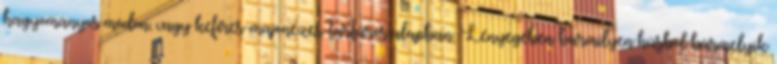
hagyományos módon, vagy kefires-majonézes-tartáros alapban. Lényegében bármilyen húsból bármelyik